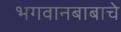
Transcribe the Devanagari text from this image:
भगवानबाबाचे